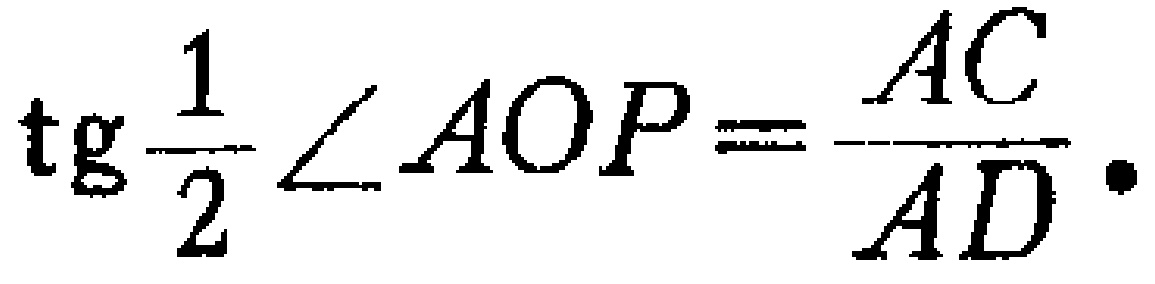
\(\operatorname{tg}\frac{1}{2}\angle AOP=\frac{AC}{AD}.\)